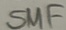
Text: SMF